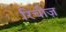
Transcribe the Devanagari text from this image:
रिचीज़